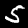
Digit: 5